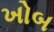
ખોબ